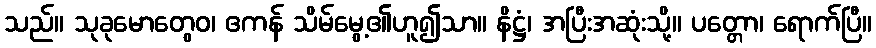
သည်။ သုခုမောတွေဝ၊ ဧကန် သိမ်မွေ့၏ဟူ၍သာ။ နိဋ္ဌံ၊ အပြီးအဆုံးသို့။ ပတ္တော၊ ရောက်ပြီ။